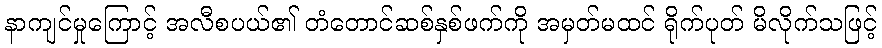
နာကျင်မှုကြောင့် အလီစပယ်၏ တံတောင်ဆစ်နှစ်ဖက်ကို အမှတ်မထင် ရိုက်ပုတ် မိလိုက်သဖြင့်